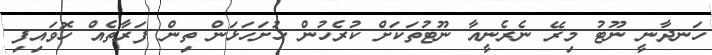
ހަނދާނީ ނޫޓު މިރޭ ނެރެނީއާ ނޫޓުތަކަށް ކުރެހުން ހުށަހަޅަން ތިން ފަރާތެއް ހޮވައިފި